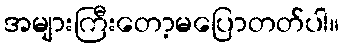
အများကြီးတော့မပြောတတ်ပါ။